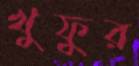
খুফুর